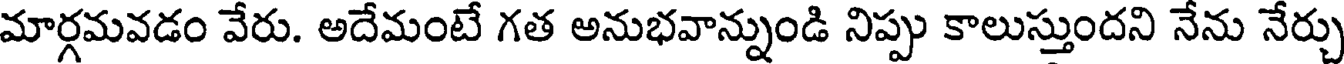
మార్గమవడం వేరు. అదేమంటే గత అనుభవాన్నుండి నిప్పు కాలుస్తుందని నేను నేర్చు